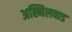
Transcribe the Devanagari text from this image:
अह्निलवाड